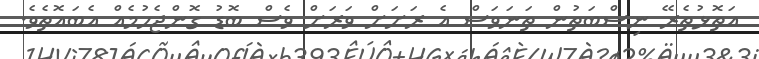
އަތޮޅުތެރޭ ނިސްބަތުން ތަނަވަސް އެ ރަށަށް ވަރަށް ވެސް ބޮޑު ގޮންޖެހުމެއް އެބައޮތެވެ.